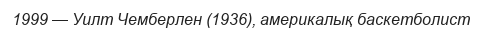
1999 — Уилт Чемберлен (1936), америкалық баскетболист